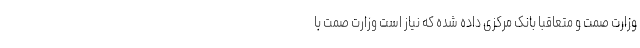
وزارت صمت و متعاقباً بانک مرکزی داده شده که نیاز است وزارت صمت با